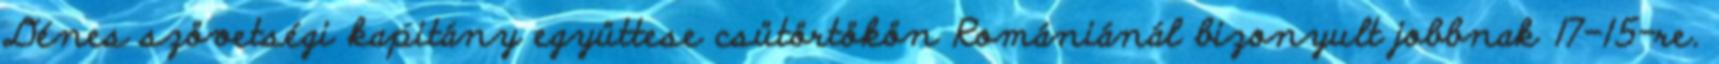
Dénes szövetségi kapitány együttese csütörtökön Romániánál bizonyult jobbnak 17-15-re.